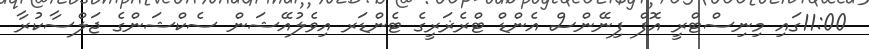
11:00ގައި މިނިސްޓްރީ އޮފް ފިނޭންސް އެންޑް ޓްރެޜަރީގެ ޓެންޑަރ އިވެލުއޭޝަން ސެކްޝަންގެ ޖަލްސާކުރާ